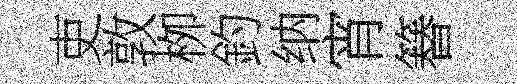
吏敦栁釣纳宵簮